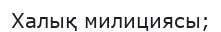
Халық милициясы;